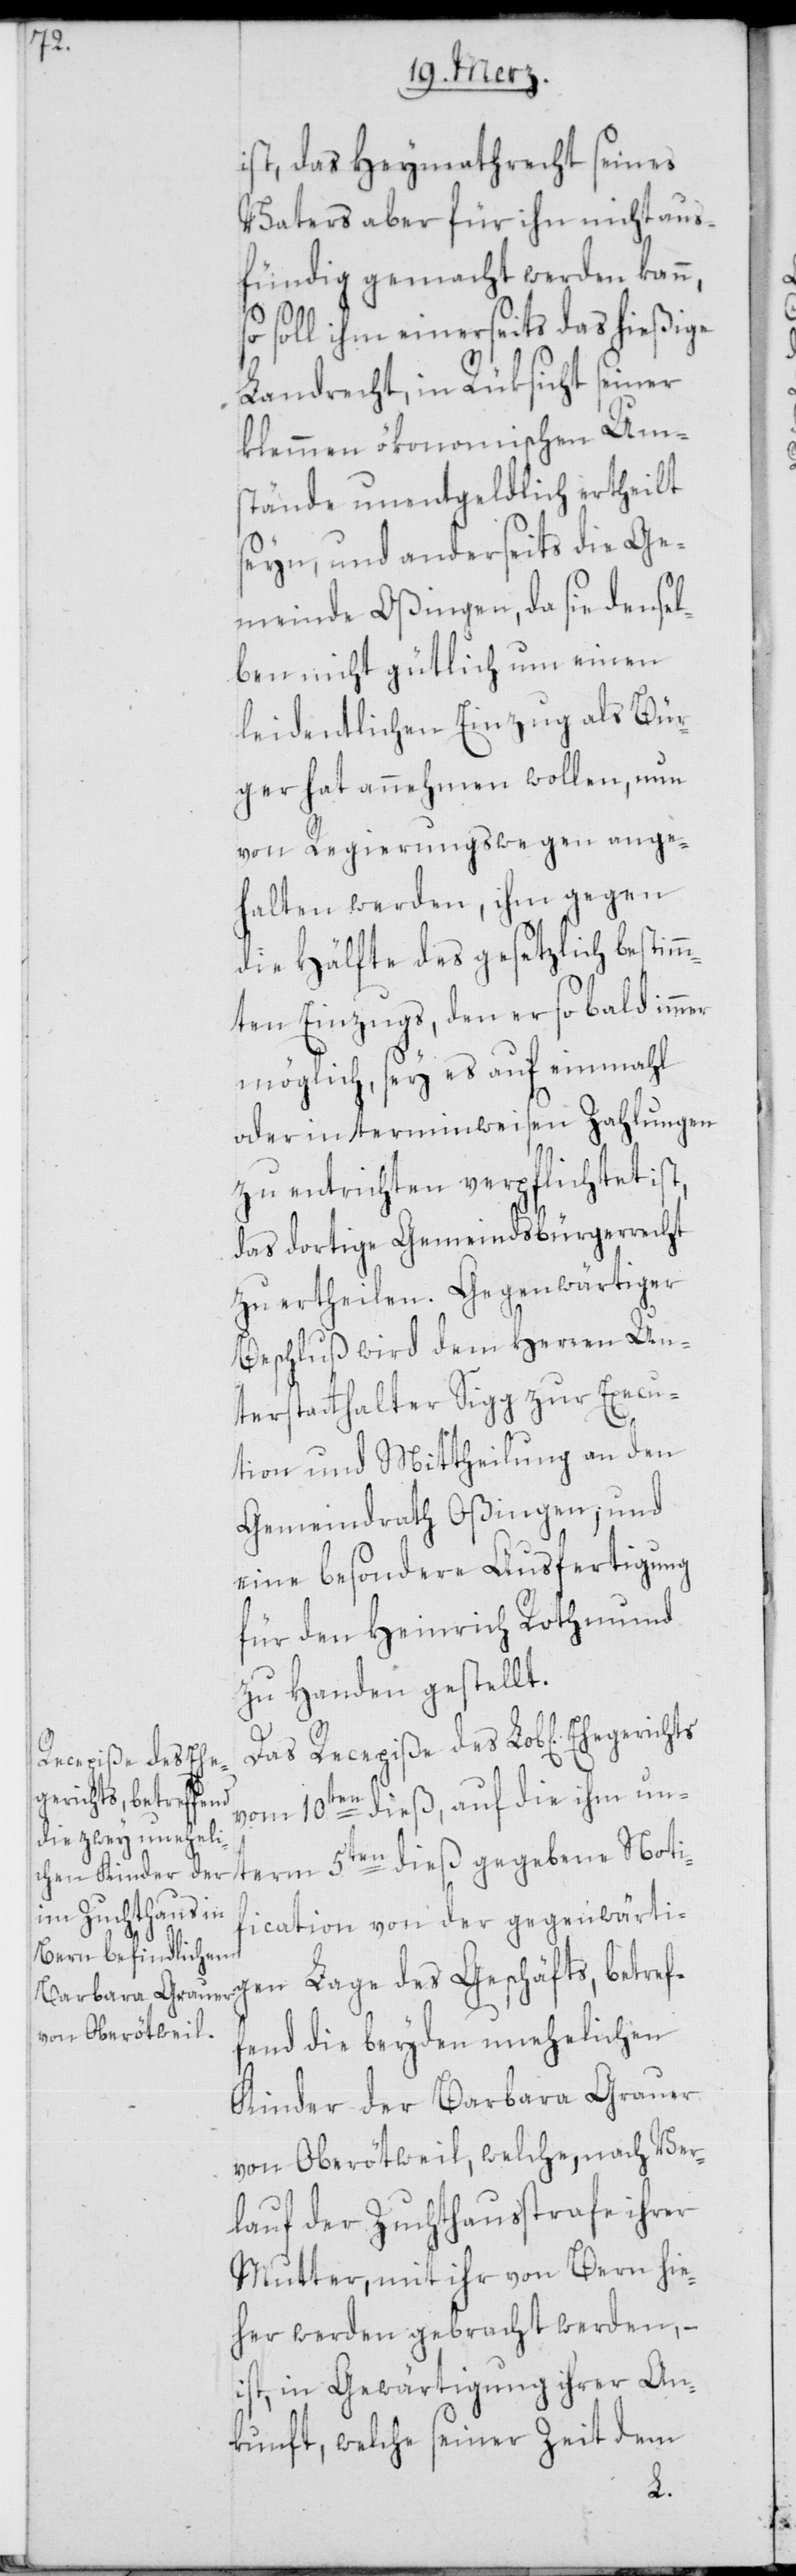
ist, das Heymathrecht seines
Vaters aber für ihn nicht aus¬
fündig gemacht werden kann,
soll ihm einerseits das hießige
Landrecht, in Rüksicht seiner
klemmen ökonomischen Um¬
stände unentgeldlich ertheilt
seyn, und anderseits die Ge¬
meinde Oßingen, da sie densel¬
ben nicht gütlich um einen
leidentlichen Einzug als Bür¬
ger hat annehmen wollen, nun
von Regierungswegen ange¬
halten werden, ihm gegen
die Hälfte des gesetzlich bestim¬
mten Einzugs, den er so bald immer
möglich, sey es auf einmahl
oder in terminweisen Zahlungen
zu entrichten verpflichtet ist,
das dortige Gemeindsbürgerrecht
zu ertheilen. Gegenwärtiger
Beschluß wird dem Herren Un¬
terstatthalter Sigg zur Execu¬
tion und Mittheilung an den
Gemeindrath Oßingen; und
eine besondere Ausfertigung
für den Heinrich Rothmund
zu Handen gestellt.
Das Recepiße des Lob[lichen]
vom 10ten dieß, auf die ihm un¬
term 5ten dieß gegebene Noti¬
fication von der gegenwärti¬
gen Lage des Geschäfts, betref¬
fend die beyden unehelichen
Kinder der Barbara Grauer
von Oberötweil, welche, nach Ver¬
lauf der Zuchthausstrafe ihrer
Mutter, mit ihr von Bern hie¬
her werden gebracht werden, –
ist, in Gewärtigung ihrer An¬
kunft, welche seiner Zeit dem